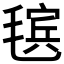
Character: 𰚬